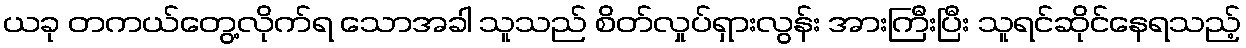
ယခု တကယ်တွေ့လိုက်ရ သောအခါ သူသည် စိတ်လှုပ်ရှားလွန်း အားကြီးပြီး သူရင်ဆိုင်နေရသည့်